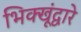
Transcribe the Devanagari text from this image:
भिक्खूंद्वारे